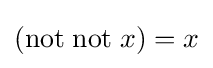
({\text{not}}\;{\text{not}}\;x)=x